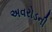
અવરોડની